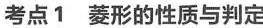
考点1 菱形的性质与判定